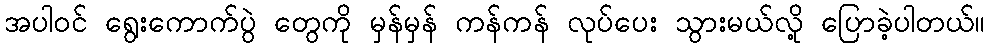
အပါဝင် ရွေးကောက်ပွဲ တွေကို မှန်မှန် ကန်ကန် လုပ်ပေး သွားမယ်လို့ ပြောခဲ့ပါတယ်။